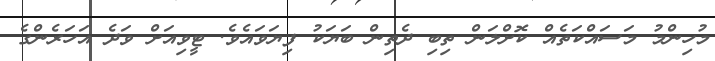
މުހިންމު މަސައްކަތެއް ކޮށްލަން ތިބި ދެތިން ބަޔަކު ފިޔަވައެވެ. ޓީވިއަށް ވަދެ އަހަރެންގެ